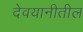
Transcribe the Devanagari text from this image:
देवयानीतील